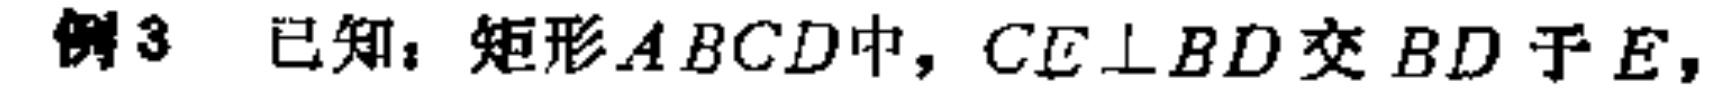
例3 已知：矩形\(ABCD\)中，\(CE\perp BD\)交\(BD\)于\(E\)，